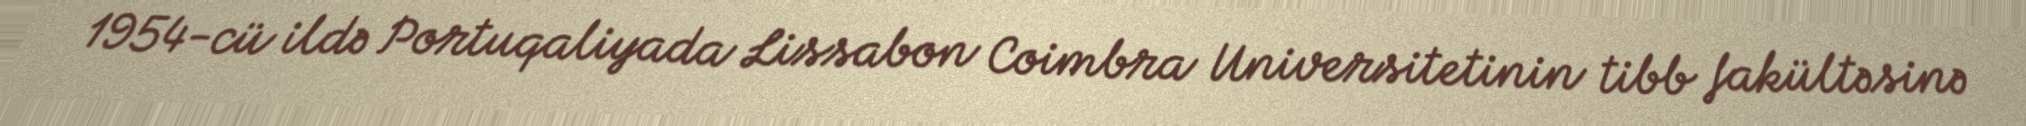
1954-cü ildə Portuqaliyada Lissabon Coimbra Universitetinin tibb fakültəsinə